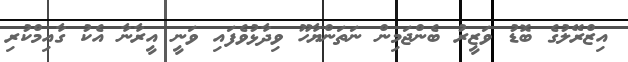
އިޒްރޭލުގެ ބޮޑު ވަޒީރު ބެންޖަމިން ނަތަންޔާހޫ ވިދާޅުވެފައި ވަނީ އީރާނާ އެކު ގާއިމްކުރި